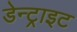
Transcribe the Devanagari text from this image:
डेन्ट्राइट